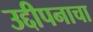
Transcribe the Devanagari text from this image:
उद्दीपनाचा